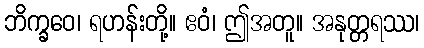
ဘိက္ခဝေ၊ ရဟန်းတို့။ ဧဝံ၊ ဤအတူ။ အနုတ္တရဿ၊